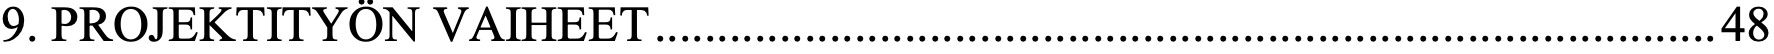
9. PROJEKTITYÖN VAIHEET ..................................................................................... 48